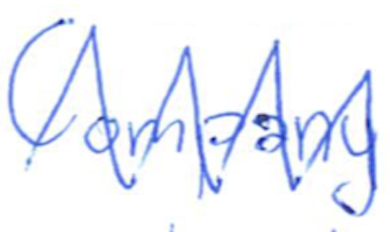
Text: Company
Cross-out: zig-zag
Writing tool: ballpoint